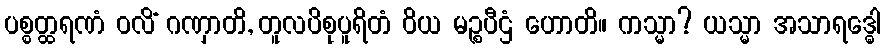
ပစ္စတ္ထရဏံ ဝလိံ ဂဏှာတိ, တူလပိစုပူရိတံ ဝိယ မဉ္စပီဌံ ဟောတိ။ ကသ္မာ? ယသ္မာ အသာရဒ္ဓေါ